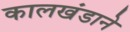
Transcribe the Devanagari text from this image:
कालखंडाने